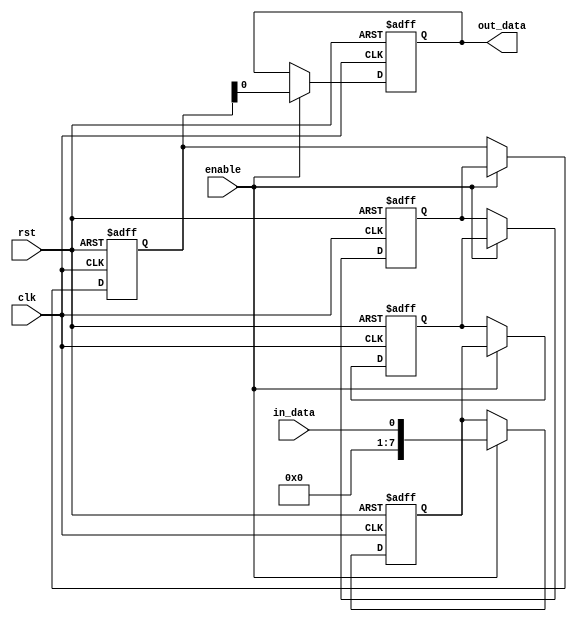
module CascadeBypassRegister (
    input wire clk,
    input wire rst,
    input wire enable,
    input wire in_data,
    output reg out_data
);

reg [7:0] reg1;
reg [7:0] reg2;
reg [7:0] reg3;
reg [7:0] reg4;

always @(posedge clk or posedge rst) begin
    if (rst) begin
        reg1 <= 8'b0;
        reg2 <= 8'b0;
        reg3 <= 8'b0;
        reg4 <= 8'b0;
        out_data <= 8'b0;
    end else if (enable) begin
        reg1 <= in_data;
        reg2 <= reg1;
        reg3 <= reg2;
        reg4 <= reg3;
        out_data <= reg4;
    end
end

endmodule